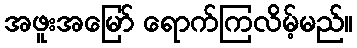
အဖူးအမြော် ရောက်ကြလိမ့်မည်။